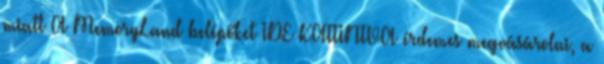
miatt A MemoryLand belépőket IDE KATTINTVA érdemes megvásárolni, a